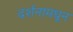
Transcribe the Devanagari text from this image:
दर्शनामधून